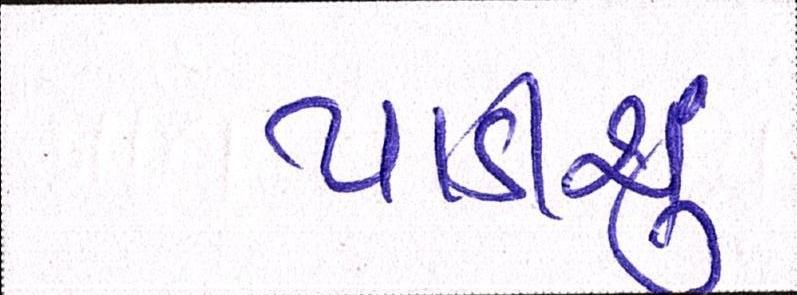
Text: પાડીશું